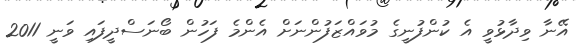
އޭނާ ވިދާޅުވީ އެ ކުންފުނީގެ މުވައްޒަފުންނަށް އެންމެ ފަހުން ބޯނަސްދީފައި ވަނީ 2011